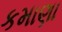
કમાણા